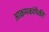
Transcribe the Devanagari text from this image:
आक्रमकांपैकी